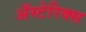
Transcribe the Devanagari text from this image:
अॅस्टेरिक्स